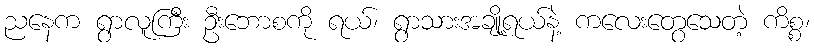
ညနေက ရွာလူကြီး ဦးဘောစကို ရယ်၊ ရွာသားအချို့ရယ်နဲ့ ကလေးတွေသေတဲ့ ကိစ္စ၊